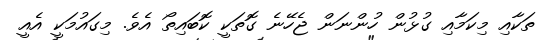
ތަކާއި މިކަމާއި ގުޅުން ހުންނަން ޖެހޭނެ ގޮތަކީ ކޮބައިތޯ އެވެ. މިގައުމަކީ އެއީ